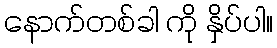
နောက်တစ်ခါ ကို နှိပ်ပါ။